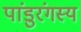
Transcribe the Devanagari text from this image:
पांडुरंगस्य